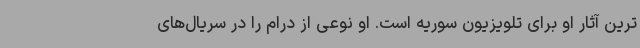
ترین آثار او برای تلویزیون سوریه است. او نوعی از درام را در سریال‌های